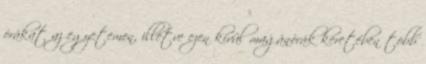
órákat az egyetemen, illetve ezen kívül magánórák keretében több